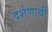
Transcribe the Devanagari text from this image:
दर्शणार्थी